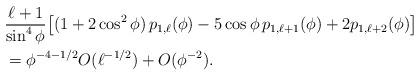
LaTeX: \begin{align*} &\frac{\ell+1}{\sin^4 \phi} \big[ (1+2 \cos^2 \phi ) \, p_{1,\ell}( \phi)-5 \cos \phi \, p_{1,\ell+1}( \phi)+2 p_{1,\ell+2}( \phi) \big] \\&= \phi^{-4-1/2} O(\ell^{-1/2})+O(\phi^{-2}).\end{align*}